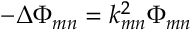
- \Delta \Phi _ { m n } = k _ { m n } ^ { 2 } \Phi _ { m n }